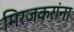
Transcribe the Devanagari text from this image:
मिरजकरांना